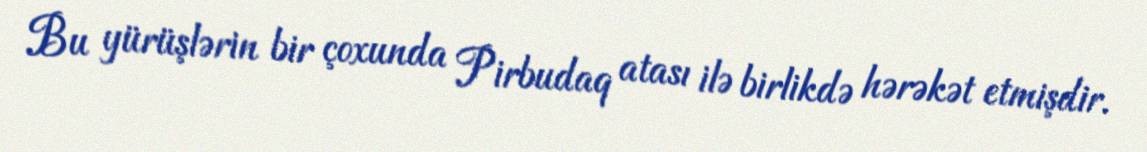
Bu yürüşlərin bir çoxunda Pirbudaq atası ilə birlikdə hərəkət etmişdir.